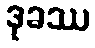
ဒုခဿ